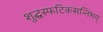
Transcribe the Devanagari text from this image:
शुद्धस्फटिकसन्निभम्